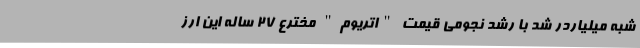
شبه میلیاردر شد با رشد نجومی قیمت "اتریوم" مخترع 27 ساله این ارز